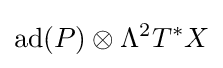
\operatorname {ad} (P)\otimes \Lambda ^{2}T^{*}X